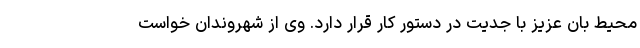
محیط بان عزیز با جدیت در دستور کار قرار دارد. وی از شهروندان خواست